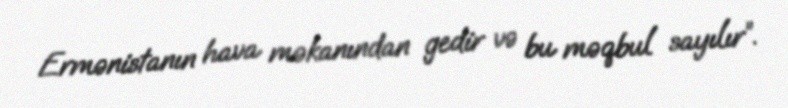
Ermənistanın hava məkanından gedir və bu məqbul sayılır”.